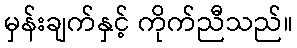
မှန်းချက်နှင့် ကိုက်ညီသည်။